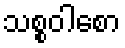
သစ္စဝါစော